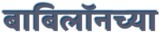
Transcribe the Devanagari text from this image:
बाबिलॉनच्या